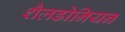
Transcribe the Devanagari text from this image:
शैलडोनियन